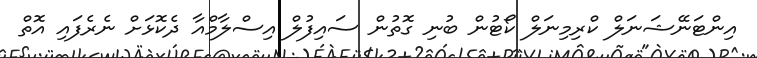
އިންޓަނޭޝަނަލް ކްރިމިނަލް ކޯޓުން ބުނި ގޮތުން ސައިފުލް އިސްލާމްއާ ދެކޮޅަށް ނެރެފައި އޮތް